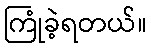
ကြုံခဲ့ရတယ်။